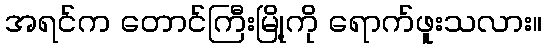
အရင်က တောင်ကြီးမြို့ကို ရောက်ဖူးသလား။